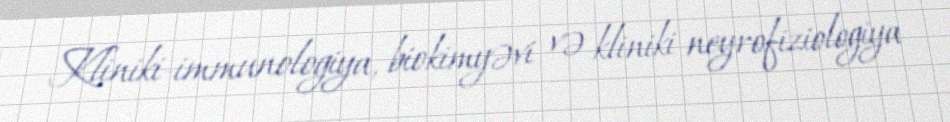
Kliniki-immunologiya, biokimyəvi və kliniki neyrofiziologiya